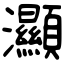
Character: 灦